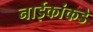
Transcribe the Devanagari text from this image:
नाईकांकडे